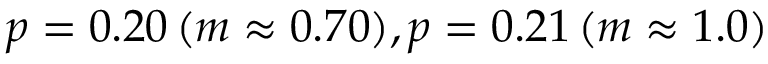
p = 0 . 2 0 \, ( m \approx 0 . 7 0 ) , p = 0 . 2 1 \, ( m \approx 1 . 0 )